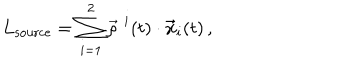
L _ { \mathrm { s o u r c e } } = \sum _ { i = 1 } ^ { 2 } \vec { \rho } ^ { \, \, i } ( t ) \cdot { \bf \vec { x } } _ { i } ( t ) \, ,